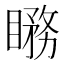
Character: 𥊦